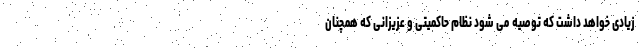
زیادی خواهد داشت که توصیه می شود نظام حاکمیتی و عزیزانی که همچنان